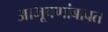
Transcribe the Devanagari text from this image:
आभूषणांबाबत